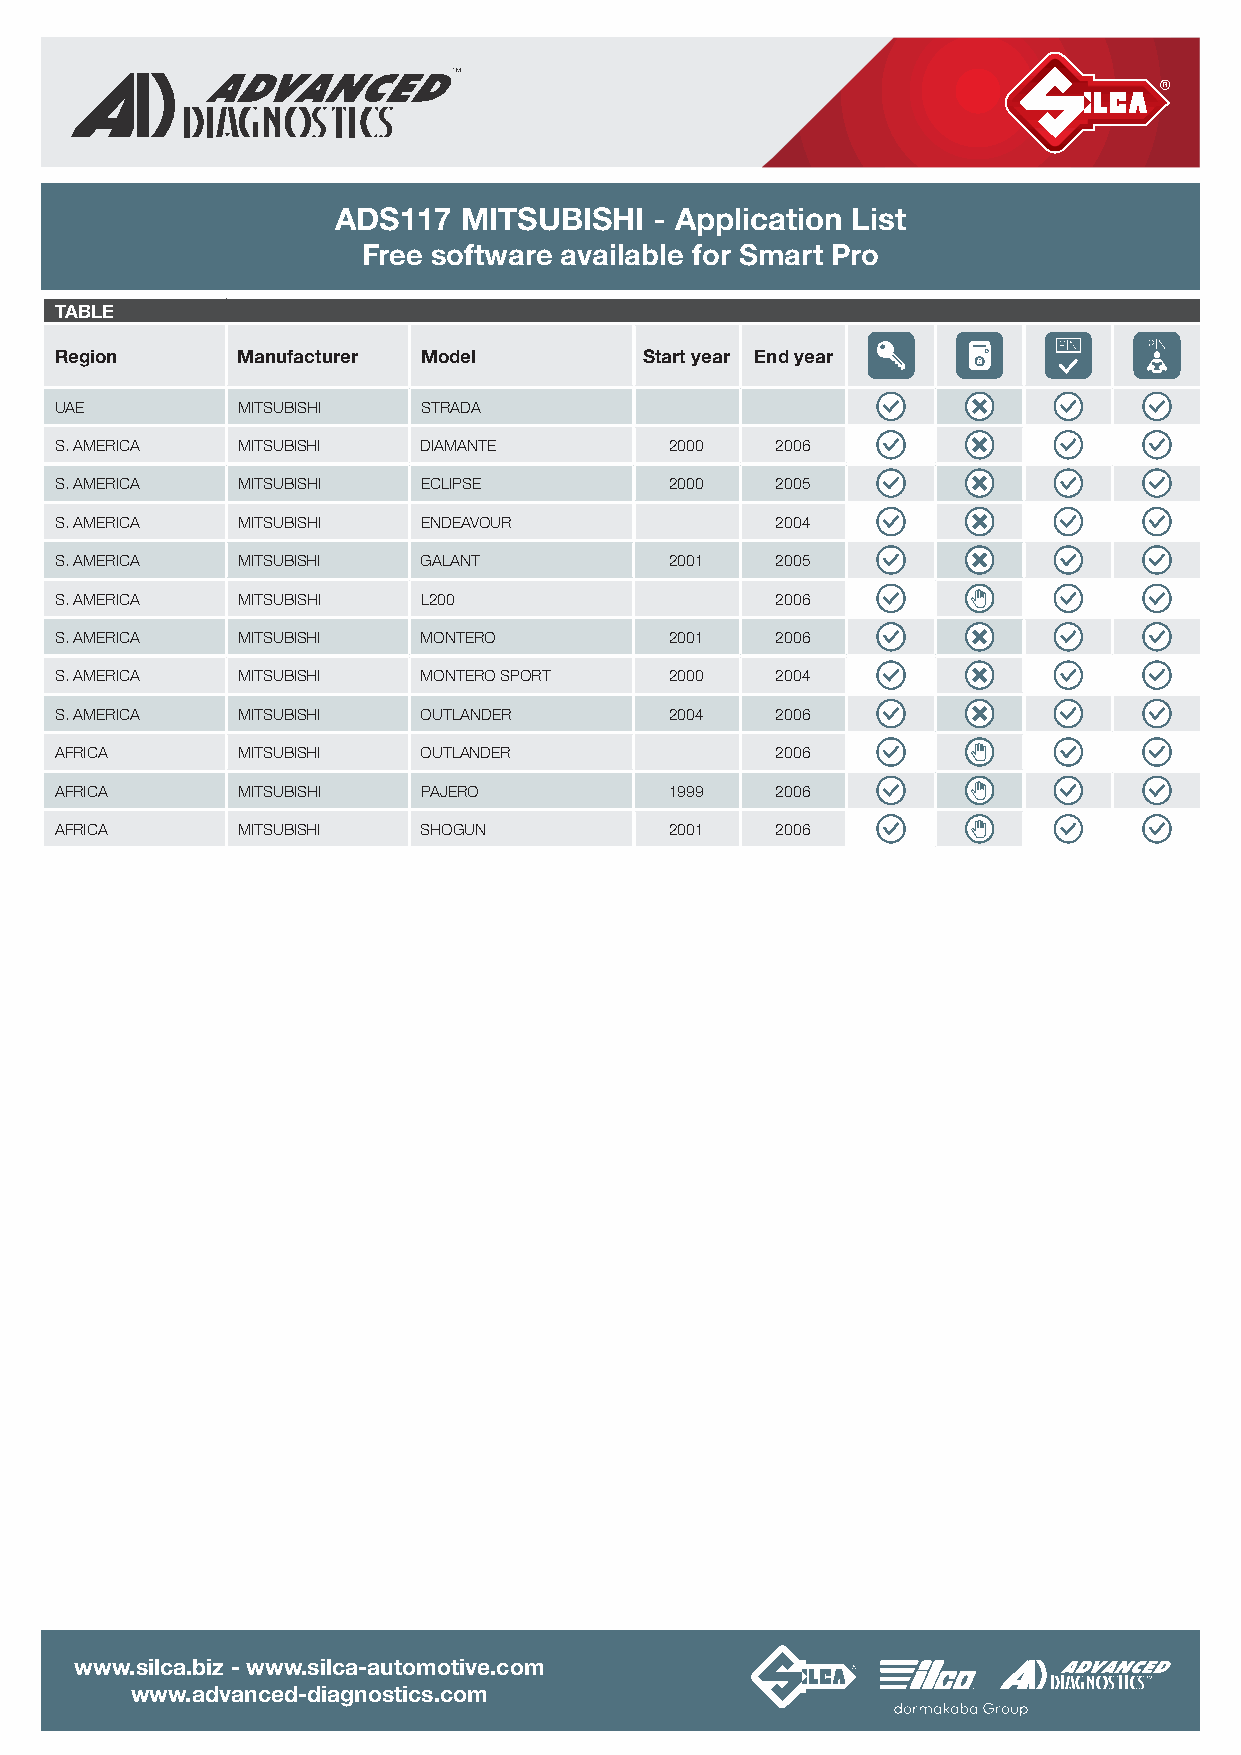
ADS117  MITSUBISHI   - Application List
 Free software available for Smart Pro
 TABLE
 Region      Manufacturer Model         Start year End year
 UAE         MITSUBISHI  STRADA
 S. AMERICA  MITSUBISHI  DIAMANTE        2000   2006
 S. AMERICA  MITSUBISHI  ECLIPSE         2000   2005
 S. AMERICA  MITSUBISHI  ENDEAVOUR              2004
 S. AMERICA  MITSUBISHI  GALANT          2001   2005
 S. AMERICA  MITSUBISHI  L200                   2006
 S. AMERICA  MITSUBISHI  MONTERO         2001   2006
 S. AMERICA  MITSUBISHI  MONTERO SPORT   2000   2004
 S. AMERICA  MITSUBISHI  OUTLANDER       2004   2006
 AFRICA      MITSUBISHI  OUTLANDER              2006
 AFRICA      MITSUBISHI  PAJERO          1999   2006
 AFRICA      MITSUBISHI  SHOGUN          2001   2006
 www.silca.biz - www.silca-automotive.com
 www.advanced-diagnostics.com